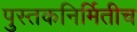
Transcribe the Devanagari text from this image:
पुस्तकनिर्मितीच